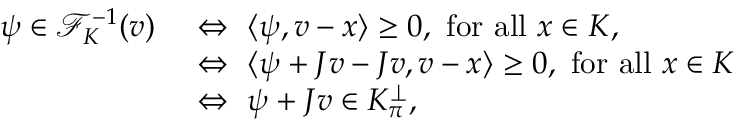
\begin{array} { r l } { \psi \in \mathcal { F } _ { K } ^ { - 1 } ( v ) \ } & { \Leftrightarrow \ \langle \psi , v - x \rangle \geq 0 , \ \mathrm { f o r ~ a l l } \ x \in K , } \\ & { \Leftrightarrow \ \langle \psi + J v - J v , v - x \rangle \geq 0 , \ \mathrm { f o r ~ a l l } \ x \in K } \\ & { \Leftrightarrow \ \psi + J v \in K _ { \pi } ^ { \perp } , } \end{array}